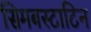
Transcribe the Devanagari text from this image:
सिमबस्टाटिन